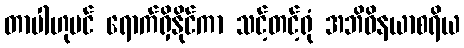
တာပါဟုပင် ရောက်ရှိနိုင်ကာ သင့်တင့်ရုံ အဘိဝိနယာစရိယ